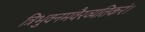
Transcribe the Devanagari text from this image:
त्रिभुवनमवैरव्यतिकरं।